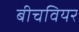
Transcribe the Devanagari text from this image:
बीचवियर